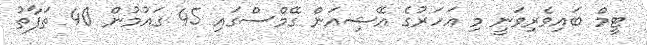
ޓީމް ބައިވެރިވަނީ މި އަހަރުގެ އޭޝިއަން ގޭމްސްގައި 45 ގައުމުން 40 ތަފާތު